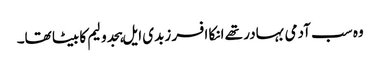
وہ سب آدمی بہادر تھے انکا افسر زبدی ایل ہجدولیم کا بیٹا تھا۔